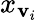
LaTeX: x_{\mathbf{v}_{i}}